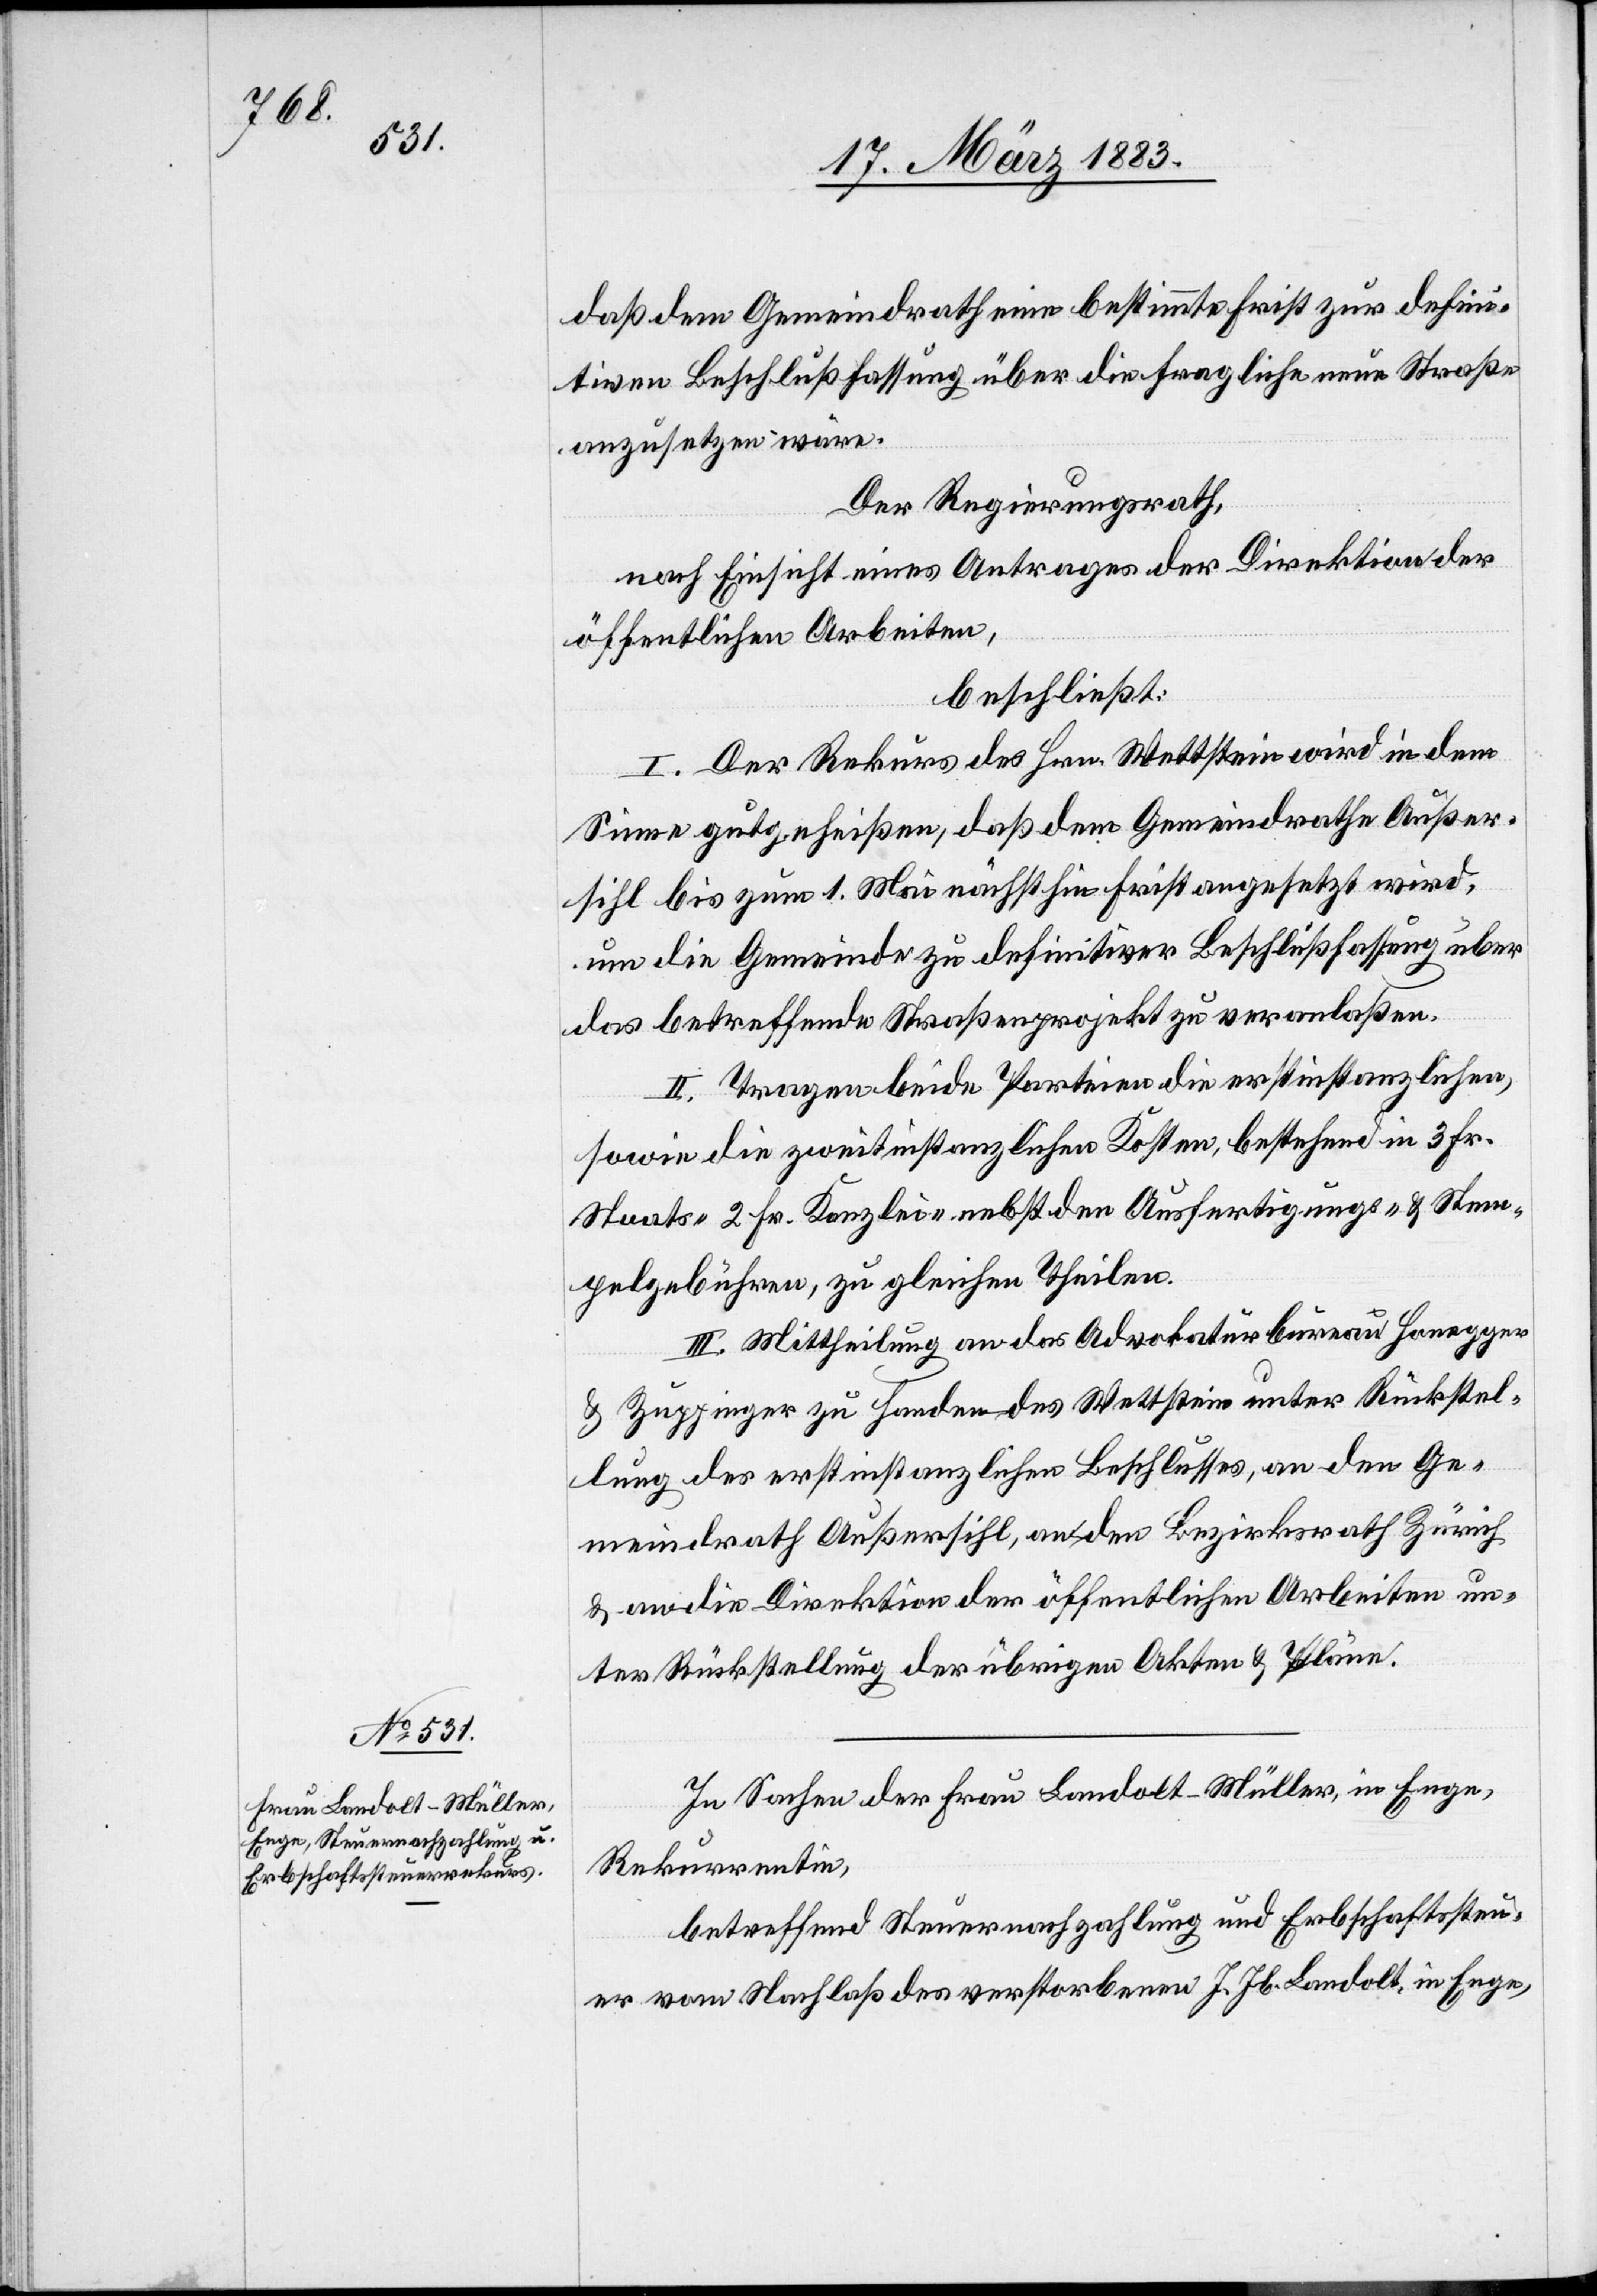
daß dem Gemeindrath eine bestimmte Frist zur defini¬
tiven Beschlußfassung über die fragliche neue Straße
anzusetzen wäre.
Der Regierungsrath,
nach Einsicht eines Antrages der Direktion der
öffentlichen Arbeiten,
beschließt:
I. Der Rekurs des Hrn. Wettstein wird in dem
Sinne gutgeheißen, daß dem Gemeindrathe Außer¬
sihl bis zum 1. Mai nächsthin Frist angesetzt wird,
um die Gemeinde zu definitiver Beschlußfassung über
das betreffende Straßenprojekt zu veranlaßen.
II. Tragen beide Parteien die erstinstanzlichen,
sowie die zweitinstanzlichen Kosten, bestehend in 3 Fr.
Staats- 2 Fr. Kanzlei- nebst den Ausfertigungs- & Stem¬
pelgebühren, zu gleichen Theilen.
III. Mittheilung an das Advokaturbureau Honegger
& Zuppinger zu Handen des Wettstein unter Rückstel¬
lung des erstinstanzlichen Beschlusses, an den Ge¬
meindrath Außersihl, an den Bezirksrath Zürich
& an die Direktion der öffentlichen Arbeiten un¬
ter Rückstellung der übrigen Akten & Pläne.
In Sachen der Frau Landolt-Müller, in Enge,
Rekurrentin,
betreffend Steuernachzahlung und Erbschaftssteu¬
er vom Nachlaß des verstorbenen J. Jb. Landolt in Enge,